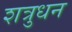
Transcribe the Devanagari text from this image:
शत्रुधन